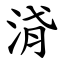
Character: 浳